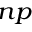
^ { n p }